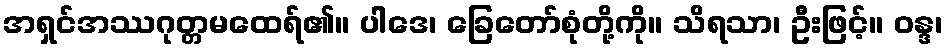
အရှင်အဿဂုတ္တမထေရ်၏။ ပါဒေ၊ ခြေတော်စုံတို့ကို။ သိရသာ၊ ဦးဖြင့်။ ဝန္ဒ၊